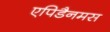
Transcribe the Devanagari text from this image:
एपिडैनमस